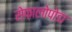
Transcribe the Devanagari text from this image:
सेफ़ालोपोडा